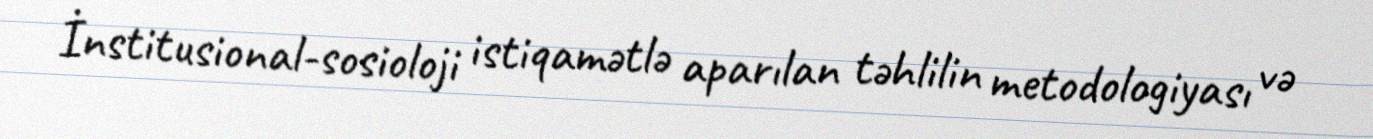
İnstitusional-sosioloji istiqamətlə aparılan təhlilin metodologiyası və